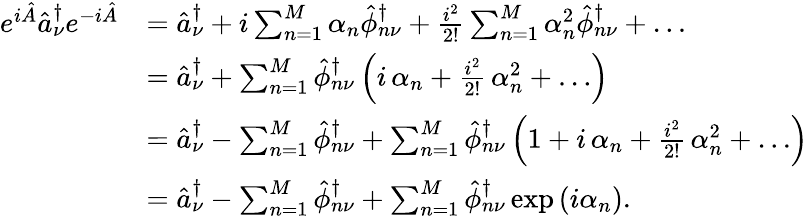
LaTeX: \begin{array}{rl}{e^{i\hat{A}}\hat{a}_{\nu}^{\dagger}e^{-i\hat{A}}}&{=\hat{a}_{\nu}^{\dagger}+i\sum_{n=1}^{M}\alpha_{n}\hat{\phi}_{n\nu}^{\dagger}+\frac{i^{2}}{2!}\sum_{n=1}^{M}\alpha_{n}^{2}\hat{\phi}_{n\nu}^{\dagger}+\ldots}\\ &{=\hat{a}_{\nu}^{\dagger}+\sum_{n=1}^{M}\hat{\phi}_{n\nu}^{\dagger}\left(i\, \alpha_{n}+\frac{i^{2}}{2!}\, \alpha_{n}^{2}+\ldots\right)}\\ &{=\hat{a}_{\nu}^{\dagger}-\sum_{n=1}^{M}\hat{\phi}_{n\nu}^{\dagger}+\sum_{n=1}^{M}\hat{\phi}_{n\nu}^{\dagger}\left(1+i\, \alpha_{n}+\frac{i^{2}}{2!}\, \alpha_{n}^{2}+\ldots\right)}\\ &{=\hat{a}_{\nu}^{\dagger}-\sum_{n=1}^{M}\hat{\phi}_{n\nu}^{\dagger}+\sum_{n=1}^{M}\hat{\phi}_{n\nu}^{\dagger}\exp\left(i\alpha_{n}\right).}\end{array}